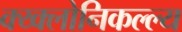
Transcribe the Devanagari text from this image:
क्य्क्लोनिकल्ल्य